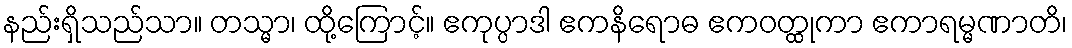
နည်းရှိသည်သာ။ တသ္မာ၊ ထို့ကြောင့်။ ဧကုပ္ပာဒါ ဧကနိရောဓ ဧကဝတ္ထုကာ ဧကာရမ္မဏာတိ၊